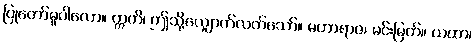
ပြုတော်မူပါလော။ ဣတိ၊ ဤသို့လျှောက်လတ်သော်။ မဟာရာဇ၊ မင်းမြတ်။ ယထာ၊